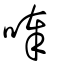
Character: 唪